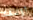
أؤلئك